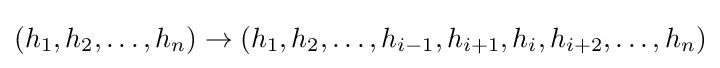
(h_{1},h_{2},\ldots ,h_{n})\to (h_{1},h_{2},\ldots ,h_{i-1},h_{i+1},h_{i},h_{i+2},\ldots ,h_{n})